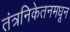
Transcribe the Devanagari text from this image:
तंत्रनिकेतनमधून